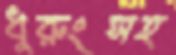
ধুরুংসহ